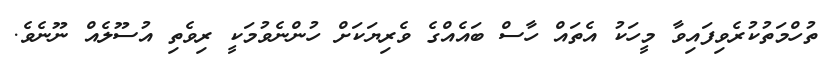
ތުހްމަތުކުރެވިފައިވާ މީހަކު އެތައް ހާސް ބައެއްގެ ވެރިޔަކަށް ހުންނެވުމަކީ ރިވެތި އުސޫލެއް ނޫނެވެ.